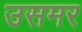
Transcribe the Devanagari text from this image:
उसमर